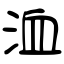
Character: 洫